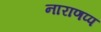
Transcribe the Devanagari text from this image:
नाराणप्प